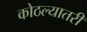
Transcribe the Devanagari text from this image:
कोठल्यातरी